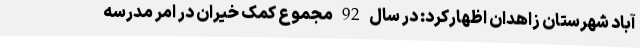
آباد شهرستان زاهدان اظهارکرد: در سال 92 مجموع کمک خیران در امر مدرسه